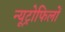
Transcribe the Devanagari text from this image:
न्यूट्रोफिलों